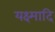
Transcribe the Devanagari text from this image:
यक्ष्मादि